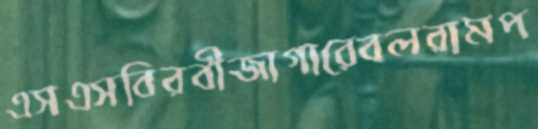
এসএসবিরবীজাগারেবলরামপ